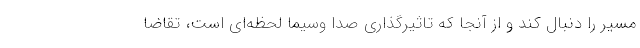
مسیر را دنبال کند و از آنجا که تاثیرگذاری صدا وسیما لحظه‌ای است، تقاضا